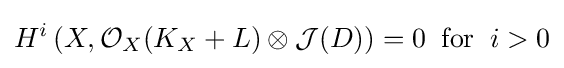
H^{i}\left(X,{\mathcal {O}}_{X}(K_{X}+L)\otimes {\mathcal {J}}(D)\right)=0\;\;{\text{for}}\;\;i>0